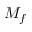
M _ { f }